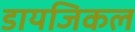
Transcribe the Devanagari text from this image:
डायजिकल